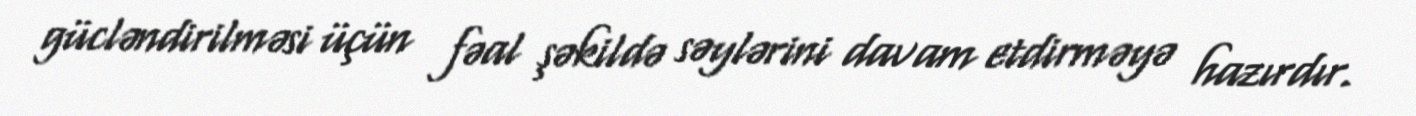
gücləndirilməsi üçün fəal şəkildə səylərini davam etdirməyə hazırdır.